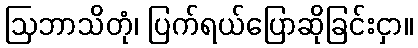
ဩဘာသိတုံ၊ ပြက်ရယ်ပြောဆိုခြင်းငှာ။